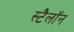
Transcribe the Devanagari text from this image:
स्टैलॉन